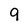
Character: 9